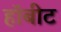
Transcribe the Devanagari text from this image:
हॉबीट